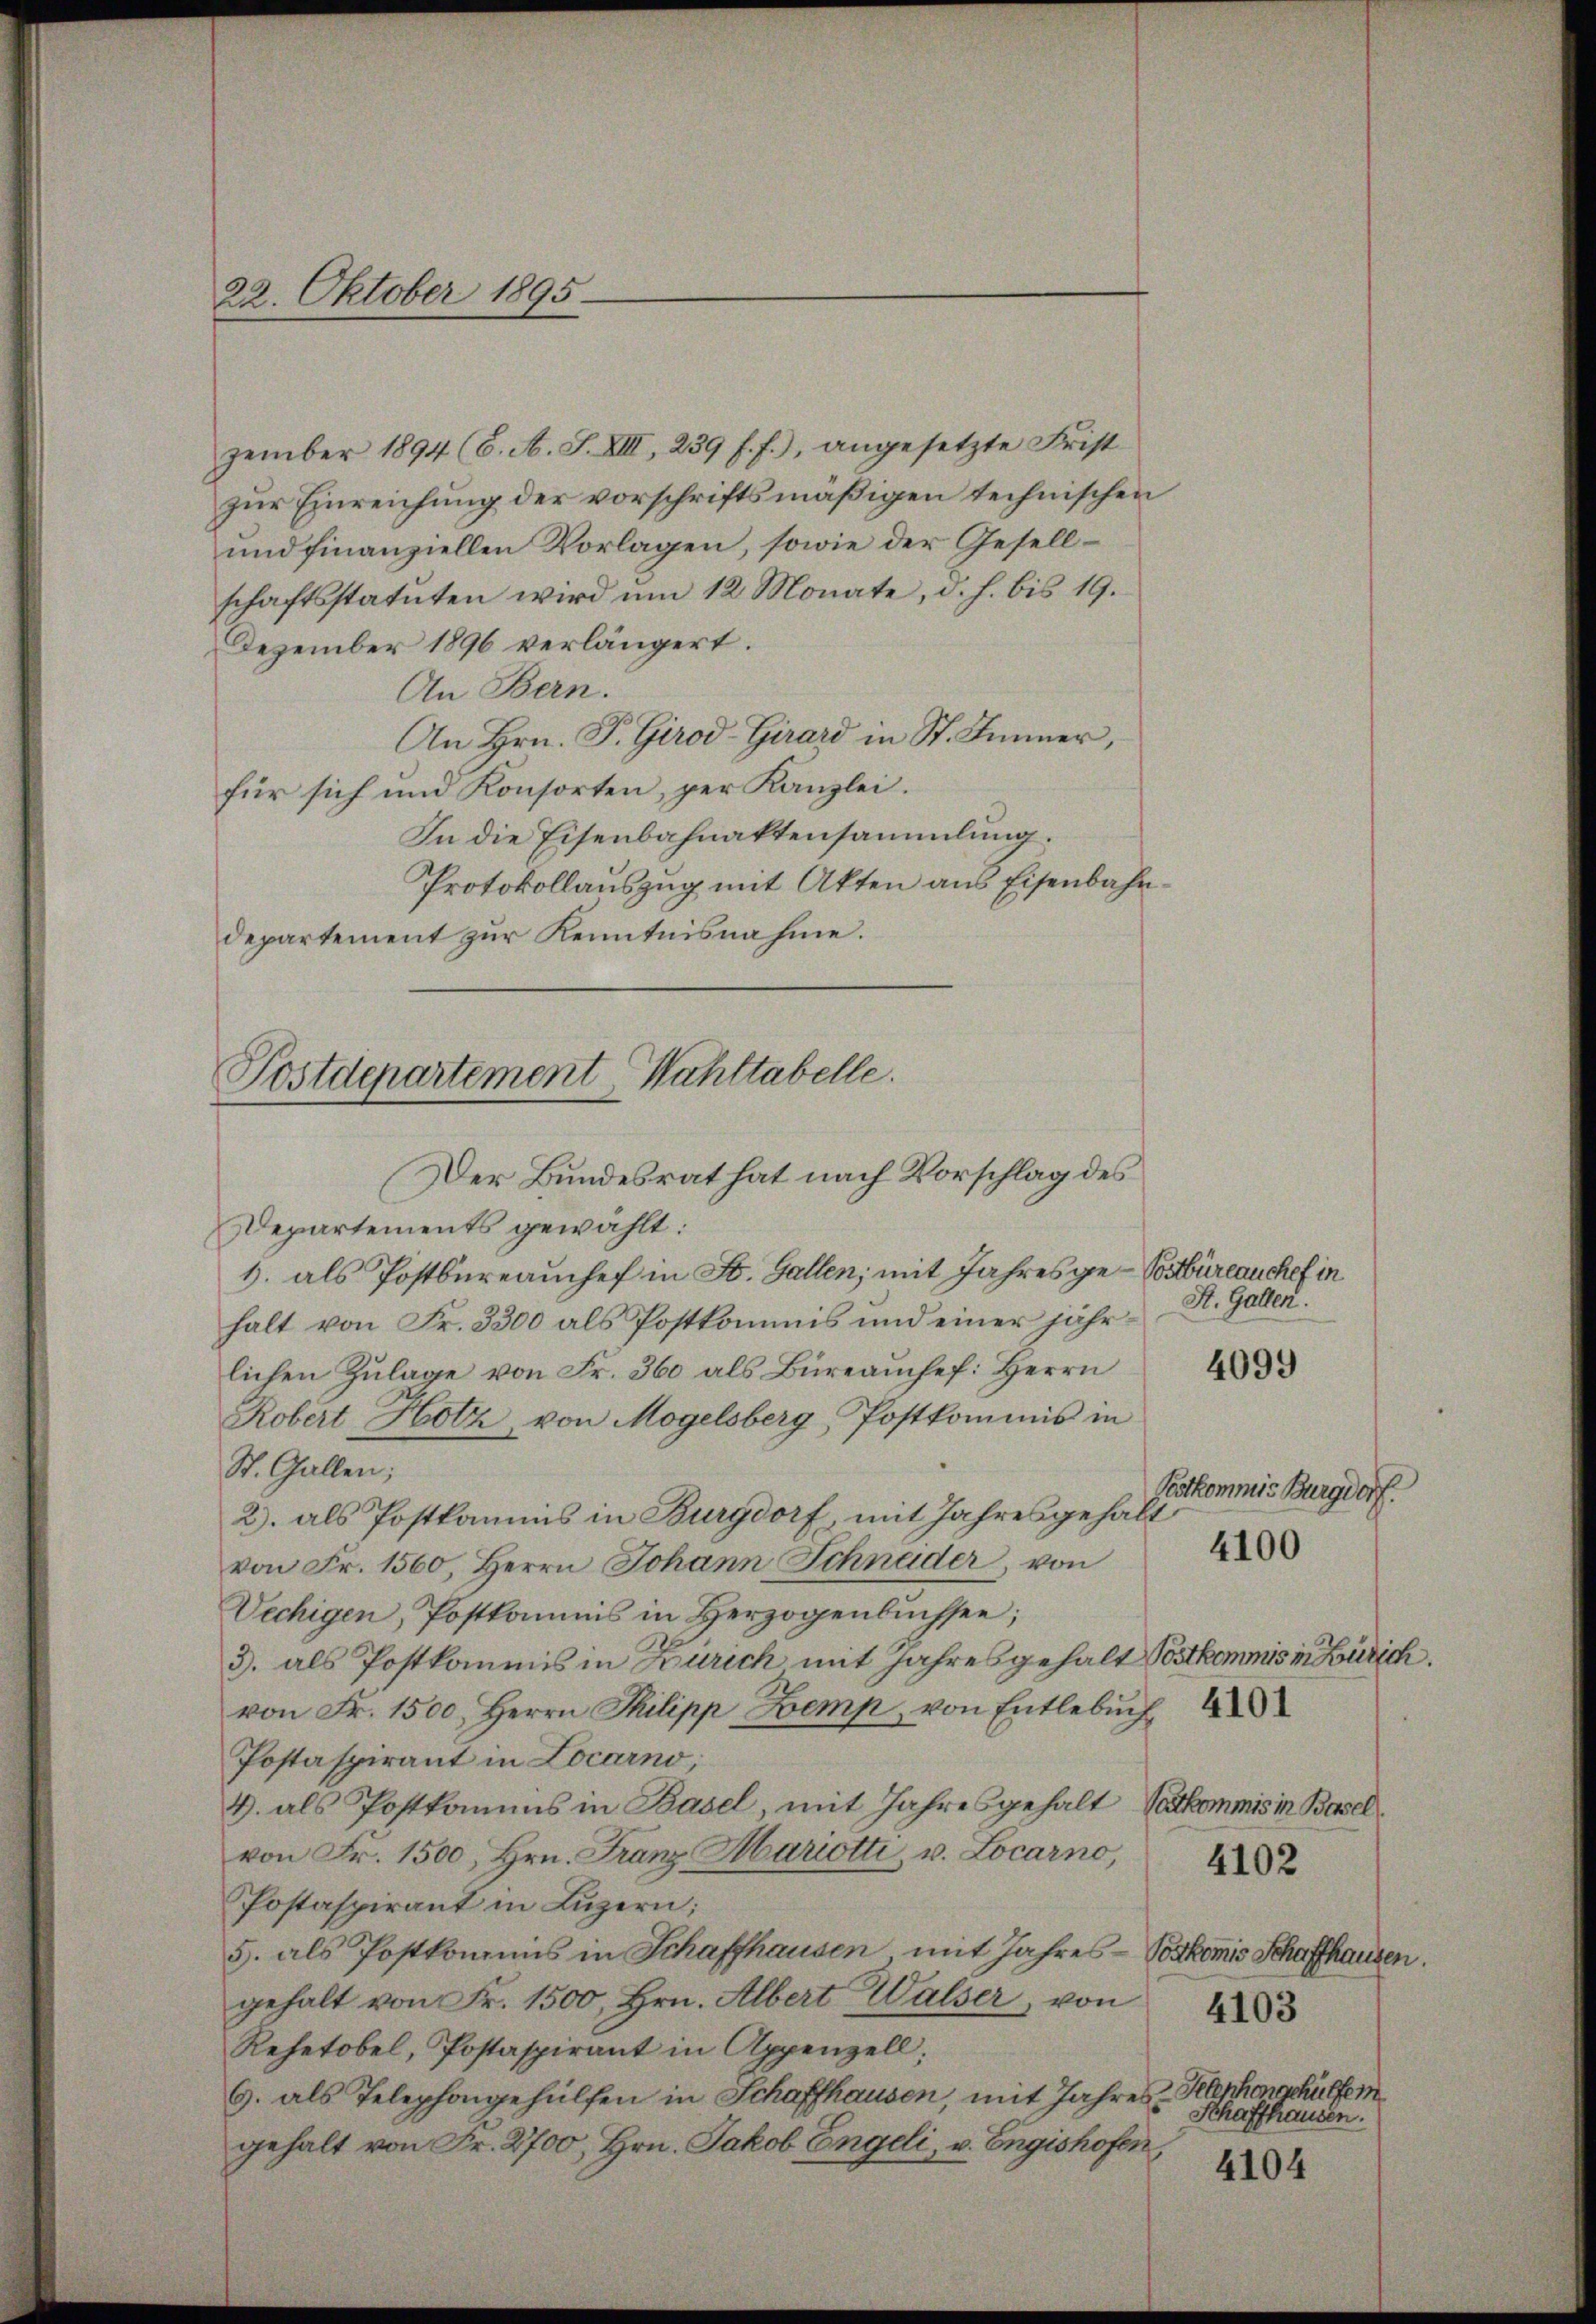
22. Oktober 1895

zember 1894 (6. A. S. XIII, 239 f. f.), angesetzte Frist
zur Einreichung der vorschriftsmäßigen technischen
und finanziellen Vorlagen, sowie der Gesellschaftsstatuten wird um 12 Monate, d. h. bis 19.
Dezember 1896 verlängert.
An Bern.
An Hrn. P. Girod-Girard in St. Jenner,
für sich und Konsorten, per Kanzlei.
In die Eisenbahnaktensammlung.
Protokollauszug mit Akten aus Eisenbahndepartement zŭr Kenntnisnahme.
Departements gewählt:
1. als Postbureauchef in St. Gallen; mit Jahres ge-Vorbüreauchef in
St. Gallen.
halt von Fr. 3300 als Postkommis und einer jähr¬
4099
lichen Zulage von Fr. 360 als Büreauchef. Herrn
Robert Hotz, von Mogelsberg, Postkommnis in
St. Gallen;
Festkommis Burgdorf.
2. als Postkamms in Burgdorf, mit Jahresgehalt
von Fr. 1560, Herrn Johann Schnader, von 4
Vechigen, Postkommis in Herzogenbüchsen;
3. als Postkommis in Zürich mit Jahresgehalt Postkommis in Zürich.
von Fr. 1500. Herrn Philipp Bemp, von Entlebŭch
Postaspirant in Locarno,
4. als Postkamins in Basel, mit Jahresgehalt Valkommis in Basel
von Fr. 1500, Hrn. Franz Mariotti, v. Locarno,
4102
Postaspirant in Luzern;
5. als Postkommis in Schaffhausen mit Jahres-Voskomis Schaffhausen.
gehalt von Fr. 1500, hrn. Albert Walser, von 43
Rehetobel, Postaspirant in Appenzell:
6. als Telephongehülfen in Schaffhausen, mit Jahres-Klephonschulfer
Schaffhausen.
gehalt von Fr. 2700, Hrn. Jakob Engeli, v. Engishofen,
4104

Postdepartement Wahltabelle.
Der Bundesrat hat nach Vorschlag des